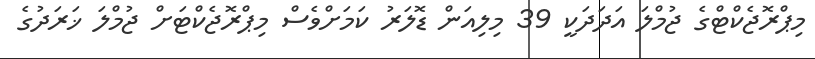
މިޕްރޮޖެކްޓްގެ ޖުމްލަ އަދަދަކީ 39 މިލިއަން ޑޮލަރު ކަމަށްވެސް މިޕްރޮޖެކްޓަށް ޖުމްލަ ޚަރަދުގެ